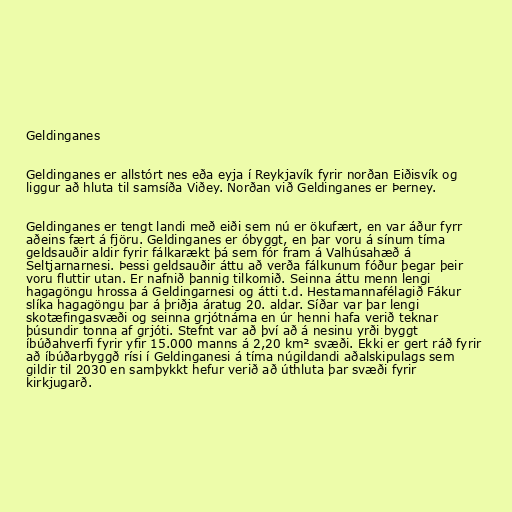
Geldinganes

Geldinganes er allstórt nes eða eyja í Reykjavík fyrir norðan Eiðisvík og
liggur að hluta til samsíða Viðey. Norðan við Geldinganes er Þerney.

Geldinganes er tengt landi með eiði sem nú er ökufært, en var áður fyrr
aðeins fært á fjöru. Geldinganes er óbyggt, en þar voru á sínum tíma
geldsauðir aldir fyrir fálkarækt þá sem fór fram á Valhúsahæð á
Seltjarnarnesi. Þessi geldsauðir áttu að verða fálkunum fóður þegar þeir
voru fluttir utan. Er nafnið þannig tilkomið. Seinna áttu menn lengi
hagagöngu hrossa á Geldingarnesi og átti t.d. Hestamannafélagið Fákur
slíka hagagöngu þar á þriðja áratug 20. aldar. Síðar var þar lengi
skotæfingasvæði og seinna grjótnáma en úr henni hafa verið teknar
þúsundir tonna af grjóti. Stefnt var að því að á nesinu yrði byggt
íbúðahverfi fyrir yfir 15.000 manns á 2,20 km² svæði. Ekki er gert ráð fyrir
að íbúðarbyggð rísi í Geldinganesi á tíma núgildandi aðalskipulags sem
gildir til 2030 en samþykkt hefur verið að úthluta þar svæði fyrir
kirkjugarð.